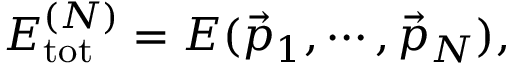
E _ { \mathrm { t o t } } ^ { ( N ) } = E ( \vec { p } _ { 1 } , \cdots , \vec { p } _ { N } ) ,